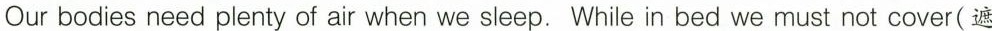
Our bodies need plenty of air when we sleep.While in bed we must not cover(遮